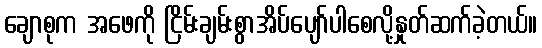
ချောစုက အဖေကို ငြိမ်းချမ်းစွာအိပ်ပျော်ပါစေလို့နှုတ်ဆက်ခဲ့တယ်။